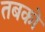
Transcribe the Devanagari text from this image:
तबको